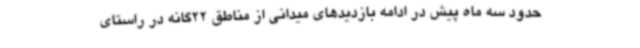
حدود سه ماه پیش در ادامه بازدیدهای میدانی از مناطق 22گانه در راستای